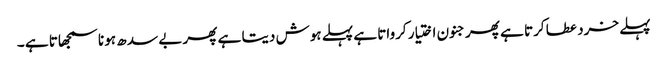
پہلے خرد عطا کرتا ہے پھر جنون اختیار کرواتا ہے پہلے ہوش دیتا ہے پھر بے سد ھ ہونا سمجھاتا ہے ۔